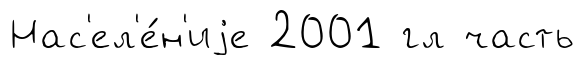
Нас'ел'е́н'иjе 2001 гл часть